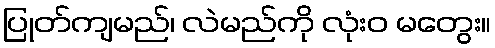
ပြုတ်ကျမည်၊ လဲမည်ကို လုံးဝ မတွေး။